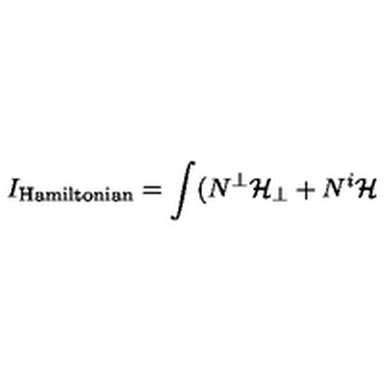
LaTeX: I _ { \mathrm { \tiny H a m i l t o n i a n } } = \int ( N ^ { \bot } \mathcal { H } _ { \bot } + N ^ { i } \mathcal { H }